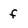
Character: f